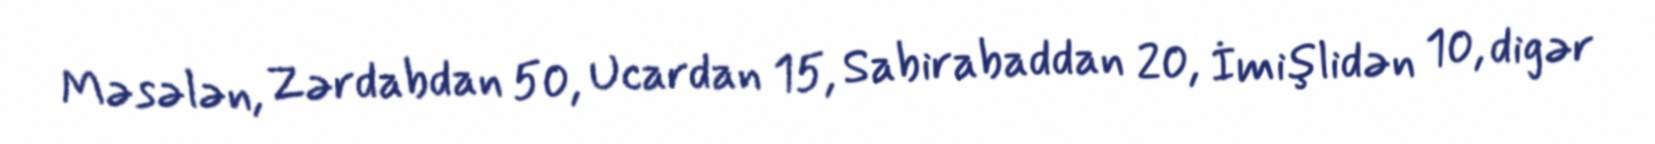
Məsələn, Zərdabdan 50, Ucardan 15, Sabirabaddan 20, İmişlidən 10, digər